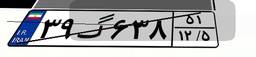
۳۲گ۳۳۵۱۳